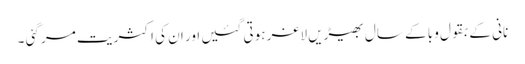
نانی کے بقول وبا کے سال بھیڑیں لاغر ہوتی گئیں اور ان کی اکثریت مر گئی ۔